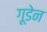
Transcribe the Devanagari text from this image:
गूडेन